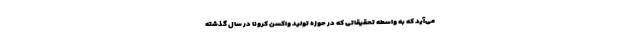
می‌آید که به واسطه تحقیقاتی که در حوزه تولید واکسن کرونا در سال گذشته